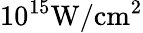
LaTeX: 10^{15}\mathrm{{W/cm^{2}}}